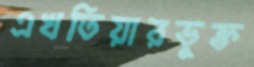
এখতিয়ারভুক্ত